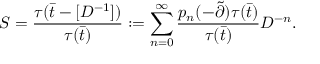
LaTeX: S = \frac { \tau ( \bar { t } - [ D ^ { - 1 } ] ) } { \tau ( \bar { t } ) } : = \sum _ { n = 0 } ^ { \infty } \frac { p _ { n } ( - \tilde { \partial } ) \tau ( \bar { t } ) } { \tau ( \bar { t } ) } D ^ { - n } .